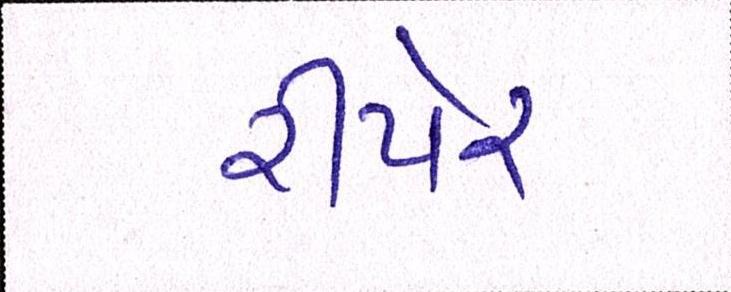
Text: રીપેર